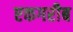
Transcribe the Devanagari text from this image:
एकगरीब